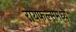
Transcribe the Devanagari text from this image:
रायफल्समध्ये